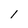
Character: l